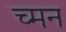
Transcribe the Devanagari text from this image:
च्मन